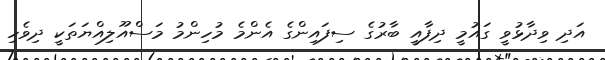
އަދި ވިދާޅުވީ ގައުމީ ދިފާއީ ބާރުގެ ސިފައިންގެ އެންމެ މުހިންމު މަސްއޫލިއްޔަތަކީ ދިވެހި